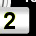
Digit: 2